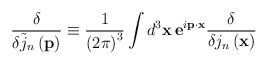
LaTeX: \begin{align*}\frac \delta {\delta \tilde{j}_n\left( \mathbf{p}\right) }\equiv \frac1{\left( 2\pi \right) ^3}\int d^3\mathbf{x\,e}^{i\mathbf{p\cdot x}}\frac\delta {\delta j_n\left( \mathbf{x}\right) }\end{align*}